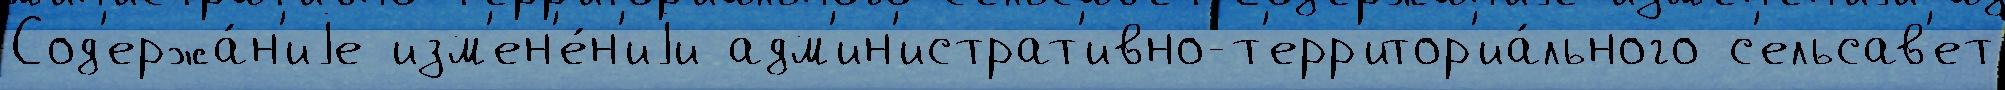
Сод'ержа́н'иjе изм'ен'е́н'иjи адм'ин'истрат'ивно-т'ерр'итор'иа́льного с'ельсав'ет